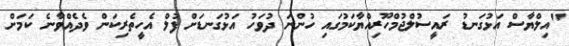
"އިލްޔާސް އަޅުގަނޑު ރައީސުލްޖުމްހޫރިއްޔާކަމުގައި ހުންނަ ދުވަހު އަޅުގަނޑަށް ފުލް އެހީތެރިކަން ވެދެއްވާނެ ކަމަށް